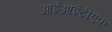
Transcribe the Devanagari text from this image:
आईआईटीएफ